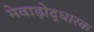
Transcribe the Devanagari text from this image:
मेवाड़ोद्धारक